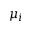
\mu _ { i }